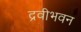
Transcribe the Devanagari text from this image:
द्रवीभवन